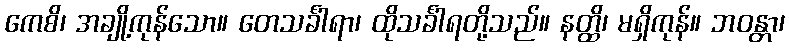
ကေစိ၊ အချို့ကုန်သော။ တေသင်္ခါရာ၊ ထိုသင်္ခါရတို့သည်။ နတ္ထိ၊ မရှိကုန်။ ဘဝန္တာ၊